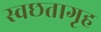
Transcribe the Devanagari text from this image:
स्वछतागृह